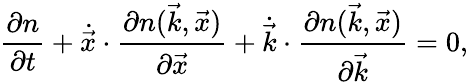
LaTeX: \frac{\partial n}{\partial t}+\dot{\vec{x}}\cdot\frac{\partial n(\vec{k},\vec{x})}{\partial\vec{x}}+\dot{\vec{k}}\cdot\frac{\partial n(\vec{k},\vec{x})}{\partial\vec{k}}=0,